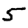
Digit: 5